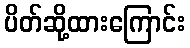
ပိတ်ဆို့ထားကြောင်း